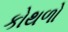
કોથળો